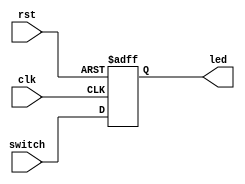
`timescale 1ns / 1ps
//////////////////////////////////////////////////////////////////////////////////
// Company: 
// Engineer: 
// 
// Design Name: 
// Module Name: Switch_led
// Project Name: 
// Target Devices: 
// Tool Versions: 
// Description: 
// 
// Dependencies: 
// 
// Revision:
// Revision 0.01 - File Created
// Additional Comments:
// 
//////////////////////////////////////////////////////////////////////////////////


module Switch_led(
        input         clk,
 	 	input         rst,
 	 	input  [7:0]  switch,
 	 	output reg [7:0] led
);

	always @( posedge clk or posedge rst )
	    if (rst)
	       led = 8'h80;
	    else
		   led = switch;
endmodule